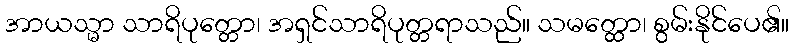
အာယသ္မာ သာရိပုတ္တော၊ အရှင်သာရိပုတ္တရာသည်။ သမတ္ထော၊ စွမ်းနိုင်ပေ၏။